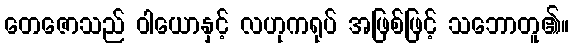
တေဇောသည် ဝါယောနှင့် လဟုကရုပ် အဖြစ်ဖြင့် သဘောတူ၏။